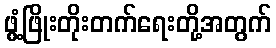
ဖွံ့ဖြိုးတိုးတက်ရေးတို့အတွက်